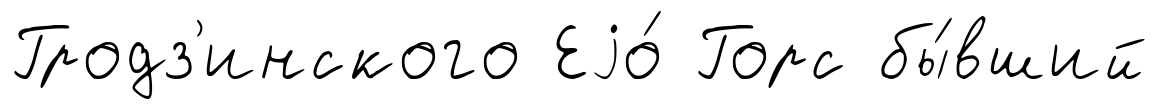
Гродз'инского Еjо́ Горс бы́вший